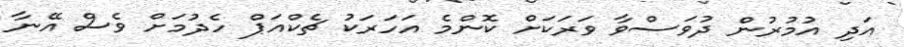
އަދި އުމުރުން ދުވަސްވާ ވަރަކަށް ކޮންމެ އަހަރަކު ޗެކްއަޕް ހެދުމަށް ވެސް އޭނާ